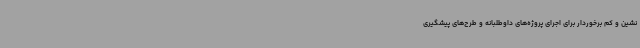
نشین و کم برخوردار برای اجرای پروژه‌های داوطلبانه و طرح‌های پیشگیری